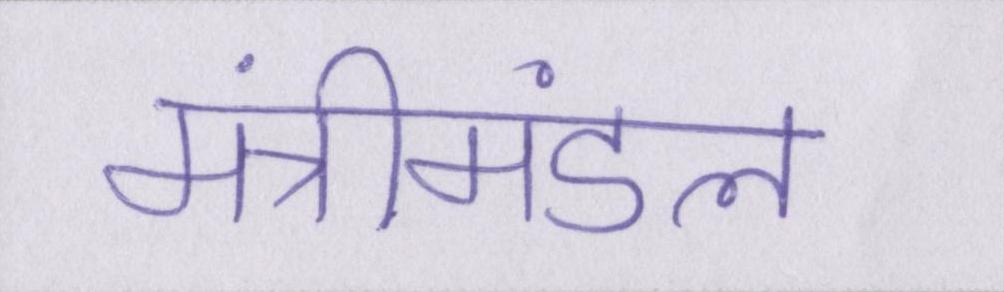
मंत्रीमंडल